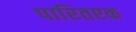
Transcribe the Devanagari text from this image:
पारितएक